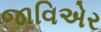
જાવિએર